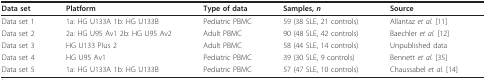
<table><thead><tr><td><b>Data set</b></td><td><b>Platform</b></td><td><b>Type of data</b></td><td><b>Samples, <i>n</i></b></td><td><b>Source</b></td></tr></thead><tbody><tr><td>Data set 1</td><td>1a: HG U133A 1b: HG U133B</td><td>Pediatric PBMC</td><td>59 (38 SLE, 21 controls)</td><td>Allantaz <i>et al. </i>[11]</td></tr><tr><td>Data set 2</td><td>2a: HG U95 Av1 2b: HG U95 Av2</td><td>Adult PBMC</td><td>90 (48 SLE, 42 controls)</td><td>Baechler <i>et al. </i>[12]</td></tr><tr><td>Data set 3</td><td>HG U133 Plus 2</td><td>Adult PBMC</td><td>58 (44 SLE, 14 controls)</td><td>Unpublished data</td></tr><tr><td>Data set 4</td><td>HG U95 Av1</td><td>Pediatric PBMC</td><td>39 (30 SLE, 9 controls)</td><td>Bennett <i>et al. </i>[35]</td></tr><tr><td>Data set 5</td><td>1a: HG U133A 1b: HG U133B</td><td>Pediatric PBMC</td><td>57 (47 SLE, 10 controls)</td><td>Chaussabel <i>et al. </i>[14]</td></tr></tbody></table>